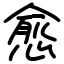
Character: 愈